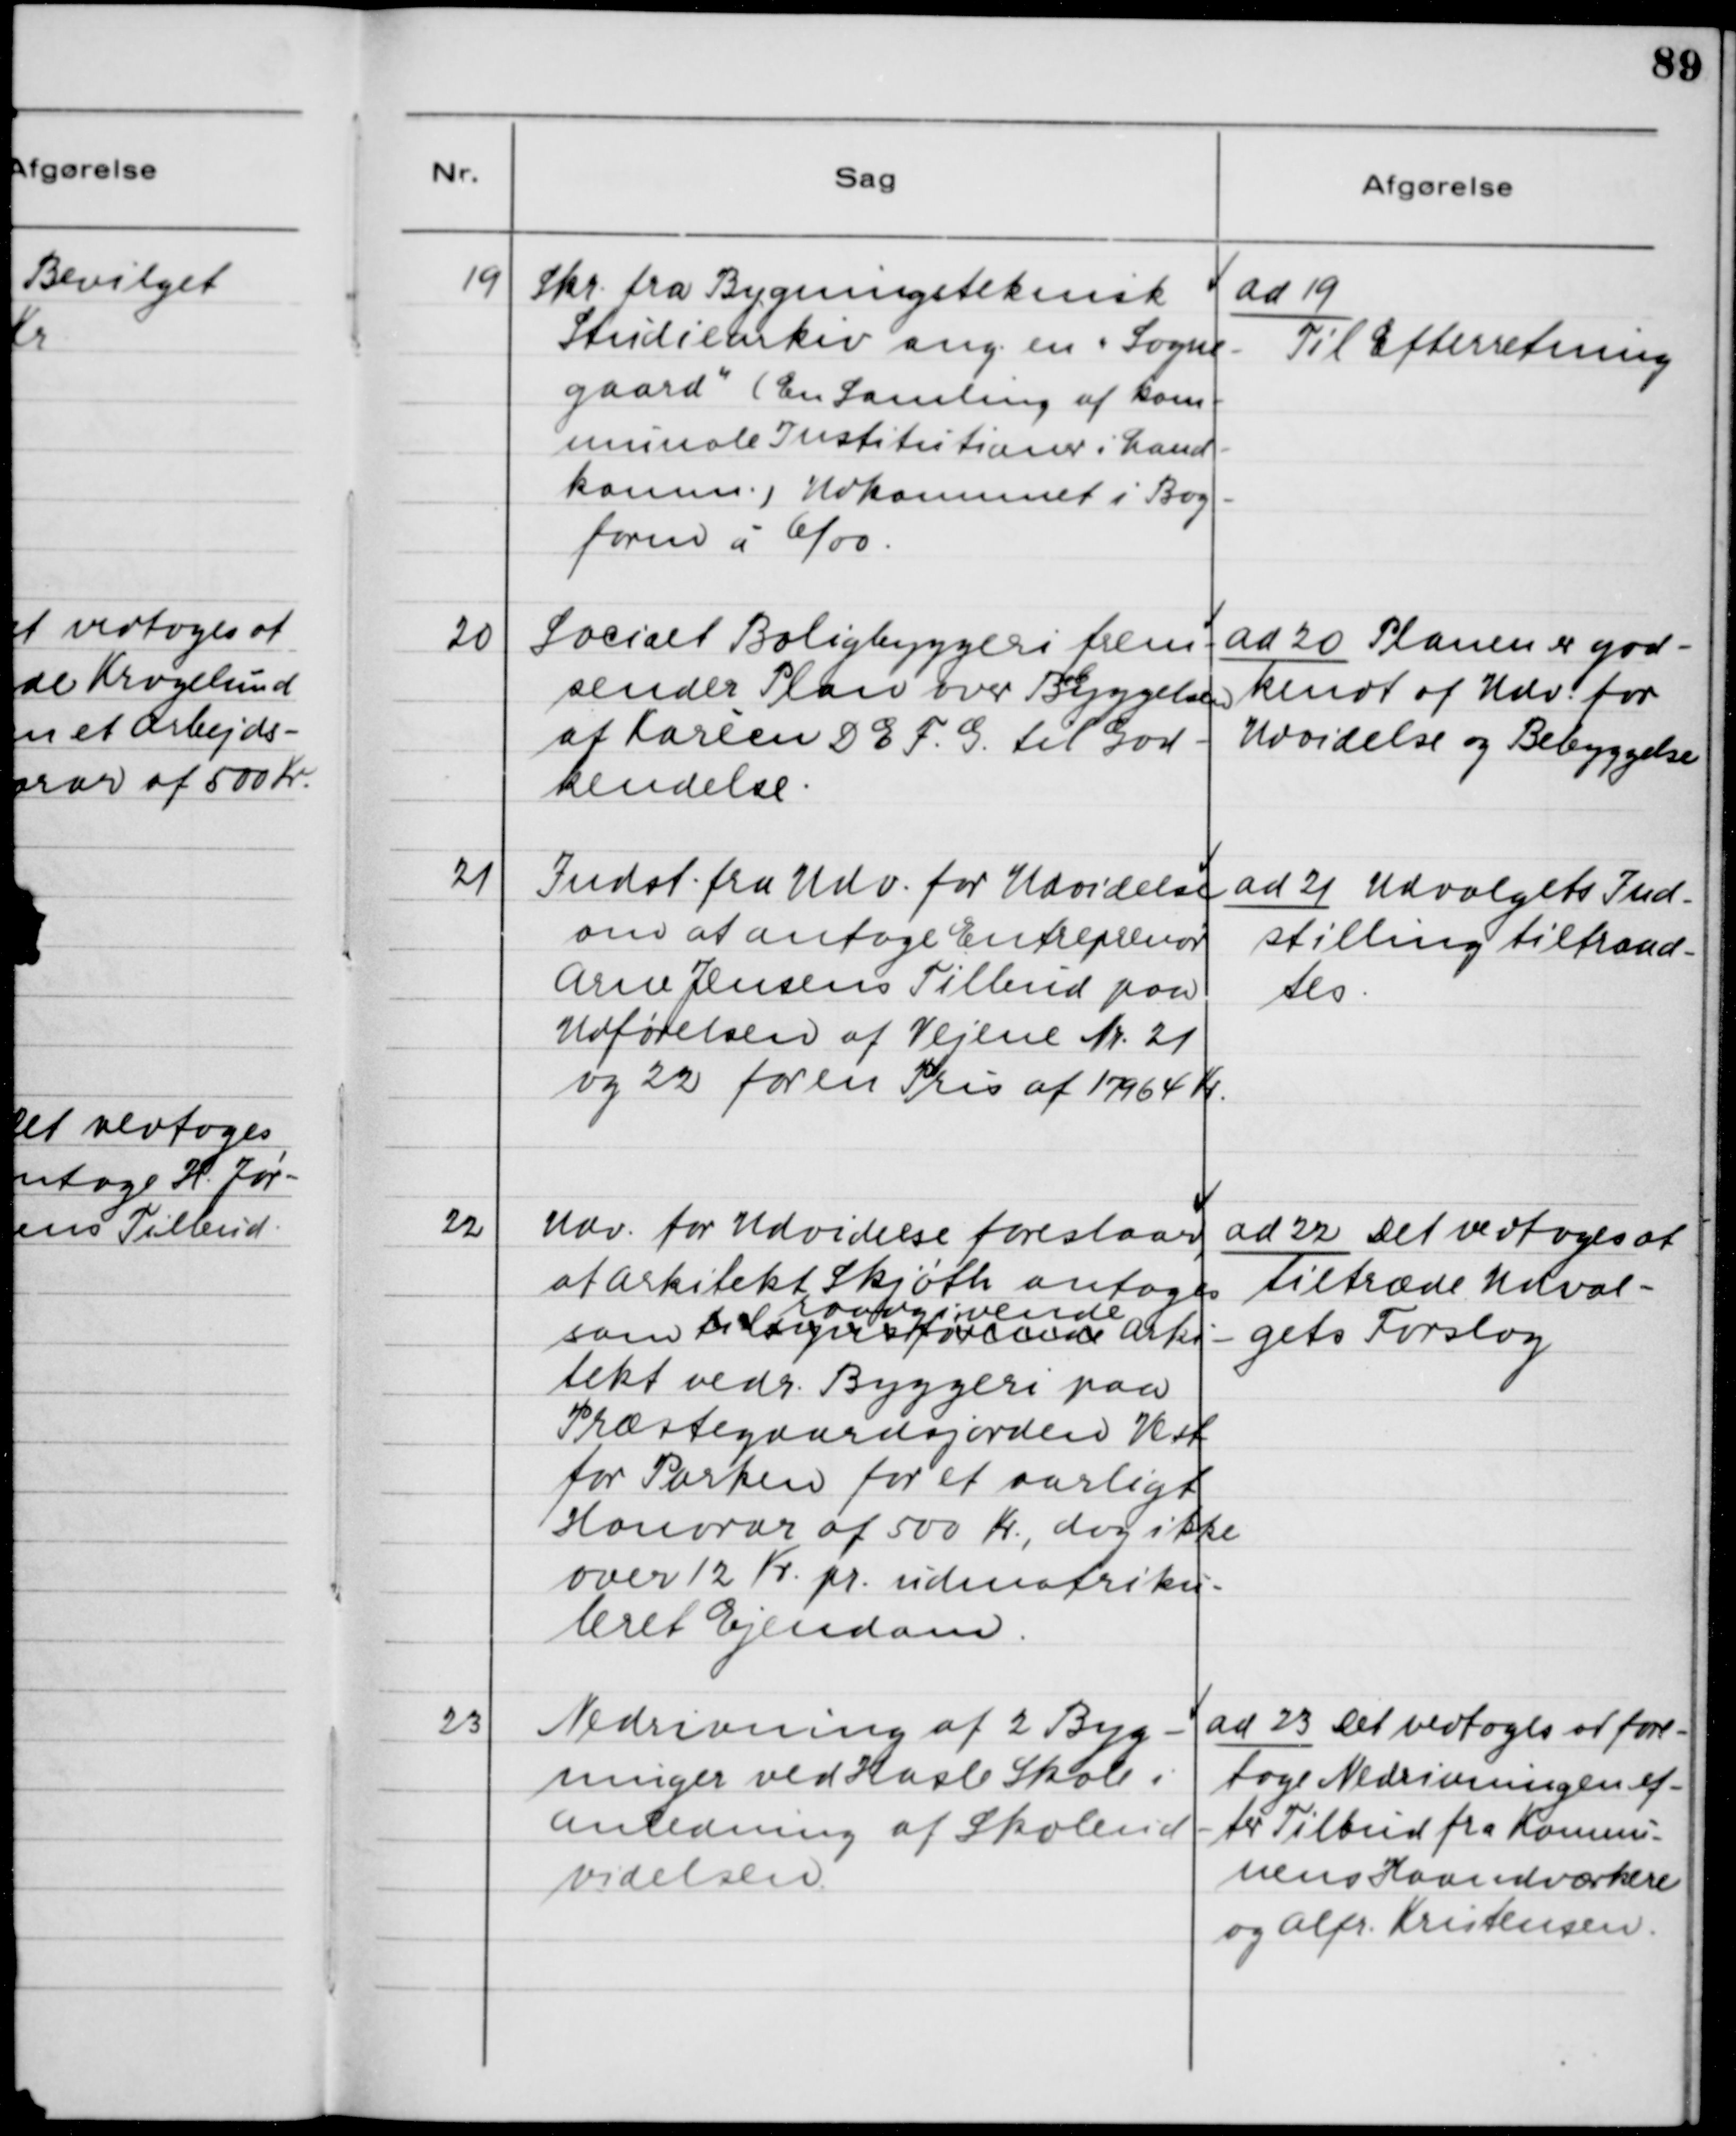
Transskription:
19. Skr. fra Bygningsteknisk
Studiearkiv ang. en "Sogne-
gaard" (En Samling af kom-
nunale Institutioner i Land-
komm.) Udkommet i Bog-
form á 6/00.

ad 19.
Til Efterretning

20. Socialt Boligbyggeri frem-
sender Plan over Bebyggelsen
af Karéen D.E.F.G. til God-
kendelse.

ad 20. Planen er god-
kendt af Udv. for
Udvidelse og Bebyggelse.

21. Indst. fra Udv. for Udvidelse
om at antage Entreprenør
Arne Jensens Tilbud paa
Udførelsen af Vejene Nr. 21
og 22 for en Pris af 17964 Kr.

ad 21. Udvalgets Ind-
stilling tiltraad-
tes.

22. Udv. for Udvidelse foreslaar,
at Arkitekt Skjøth antages
som tilsynsførende raadgivende Arki-
tekt vedr. Byggeri paa
Præstegaardsjorden Vest
for Parken for et aarligt
Honorar af 500 Kr., dog ikke
over 12 Kr. pr. udmatriku-
leret Ejendom.

ad 22. Det vedtoges at
tiltræde Udval-
gets Forslag

23. Nedrivning af 2 Byg-
ninger ved Hasle Skole i
Anledning af Skoleud-
videlsen.

ad 23. Det vedtoges at fore-
tage Nedrivningen ef-
ter Tilbud fra Kommu-
nens Haandværkere
og Alfr. Kristensen.